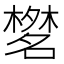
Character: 𣜞